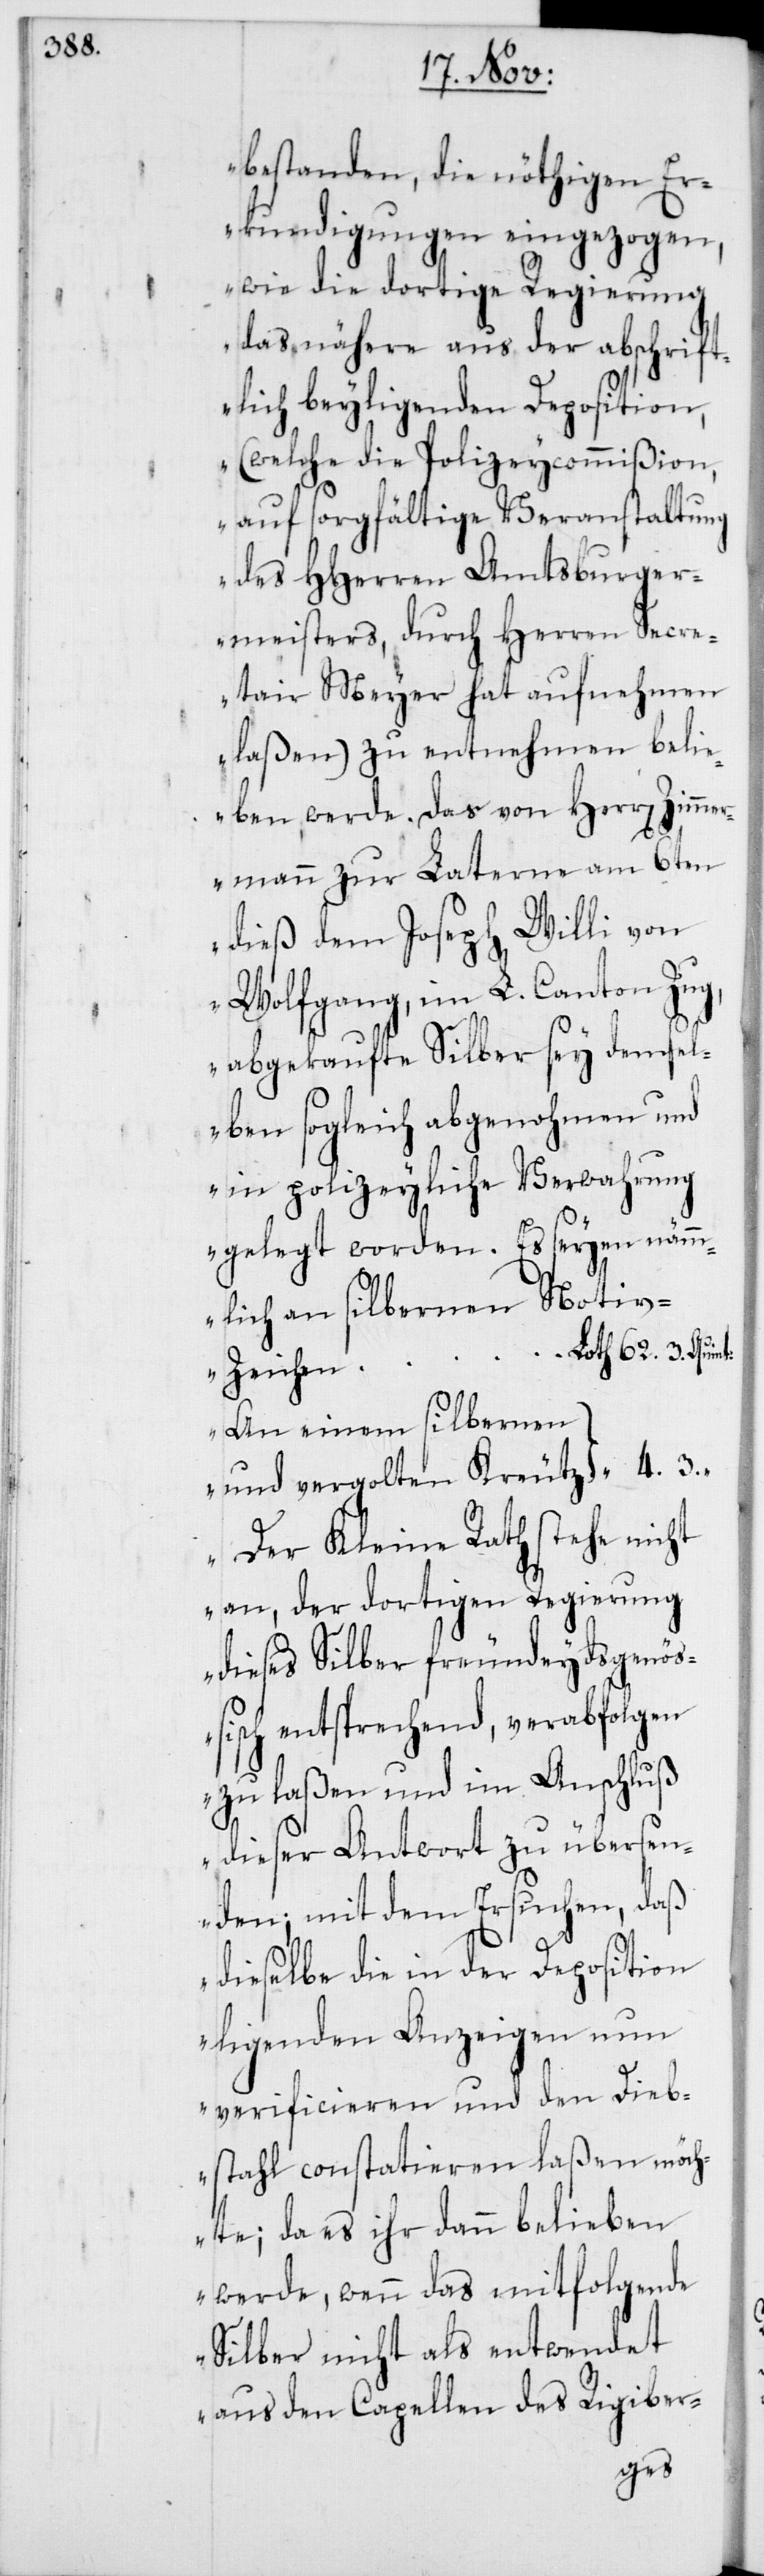
bestanden, die nöthigen Er¬
kundigungen eingezogen,
wie die dortige Regierung
das nähere aus der abschrift¬
lich beyligenden Deposition,
(welche die Polizeycommißion,
auf sorgfältige Veranstaltung
des HHerren Amtsburger¬
meisters, durch Herren Secre¬
tair Meyer hat aufnehmen
laßen) zu entnehmen belie¬
ben werde. Das von Herr[en] Zimm¬
ermann zur Laterne am 6ten
dieß dem Joseph Willi von
Wolfgang, im L. Canton Zug,
abgekaufte Silber sey demsel¬
ben sogleich abgenohmen und
in polizeyliche Verwahrung
gelegt worden. Es seyen näm¬
mlich an silbernen Noti¬
Loth 62. 3. Quint:
v-Zeichen
An einem silbernen
und vergolten Kreutz	 “ 4. 3.
Der Kleine Rath stehe nicht
an, der dortigen Regierung
dieses Silber freundeydsgenößi¬
sch entsprechend, verabfolgen
zu laßen und im Anschluß
dieser Antwort zu übersen¬
den; mit dem Ersuchen, daß
dieselbe die in der Deposition
ligenden Anzeigen nun
verificieren und den Dieb¬
stahl constatieren laßen möch¬
te; da es ihr dann belieben
werde, wenn das mitfolgende
Silber nicht als entwendet
aus den Capellen des Rigiber-